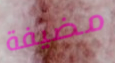
مضيفة